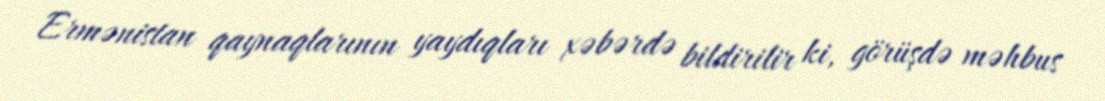
Ermənistan qaynaqlarının yaydıqları xəbərdə bildirilir ki, görüşdə məhbus